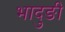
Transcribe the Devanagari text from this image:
भादुङी